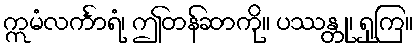
ဣမံလင်္ကာရံ၊ ဤတန်ဆာကို။ ပဿန္တု၊ ရှုကြ။